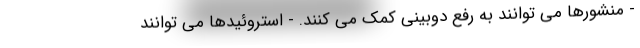
- منشورها می توانند به رفع دوبینی کمک می کنند. - استروئیدها می توانند